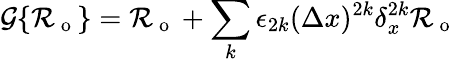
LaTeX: \mathcal{G}\{ \mathcal{R}_{\mathrm{~o~}}\} =\mathcal{R}_{\mathrm{~o~}}+\sum_{k}\epsilon_{2k}(\Delta x)^{2k}\delta_{x}^{2k}\mathcal{R}_{\mathrm{~o~}}